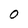
Character: O